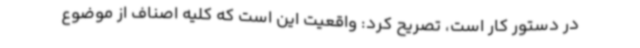
در دستور کار است، تصریح کرد: واقعیت این است که کلیه اصناف از موضوع